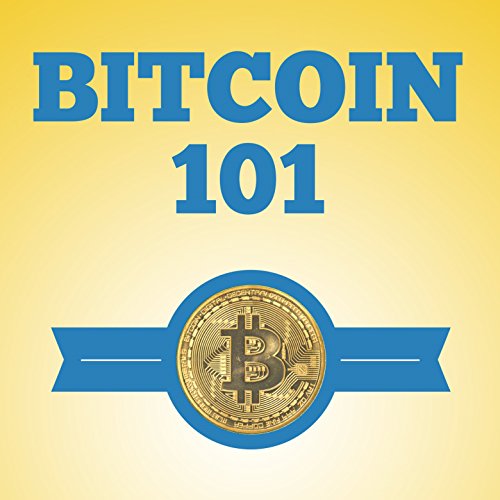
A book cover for Bitcoin 101: The Ultimate Guide to Bitcoin for Beginners; Mike Fishbein; Computers & Technology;